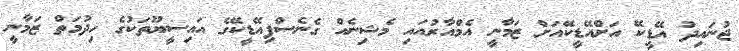
ޖުނައިދު އޭޑީކޭ އަށްއޭޑީކޭއަށް ޒަމާނީ އެމްއާރުއައި މެޝިނެއް ގެނެސްފިއޭޑީކޭގެ އައިސީޔޫތަކުގެ ހިދުމަތް ޒަމާނީ